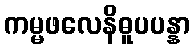
ကမ္မဖလေနိဓူပပန္နာ